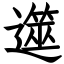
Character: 遾